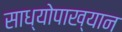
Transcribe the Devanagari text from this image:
साध्योपाख्यान